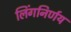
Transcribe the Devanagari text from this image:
लिंगनिर्णय